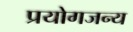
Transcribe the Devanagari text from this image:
प्रयोगजन्य